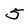
Character: 5